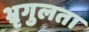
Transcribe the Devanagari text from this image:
भ्रृगुलता